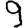
Digit: 9